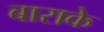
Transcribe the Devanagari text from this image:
बाराके